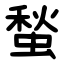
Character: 蝵